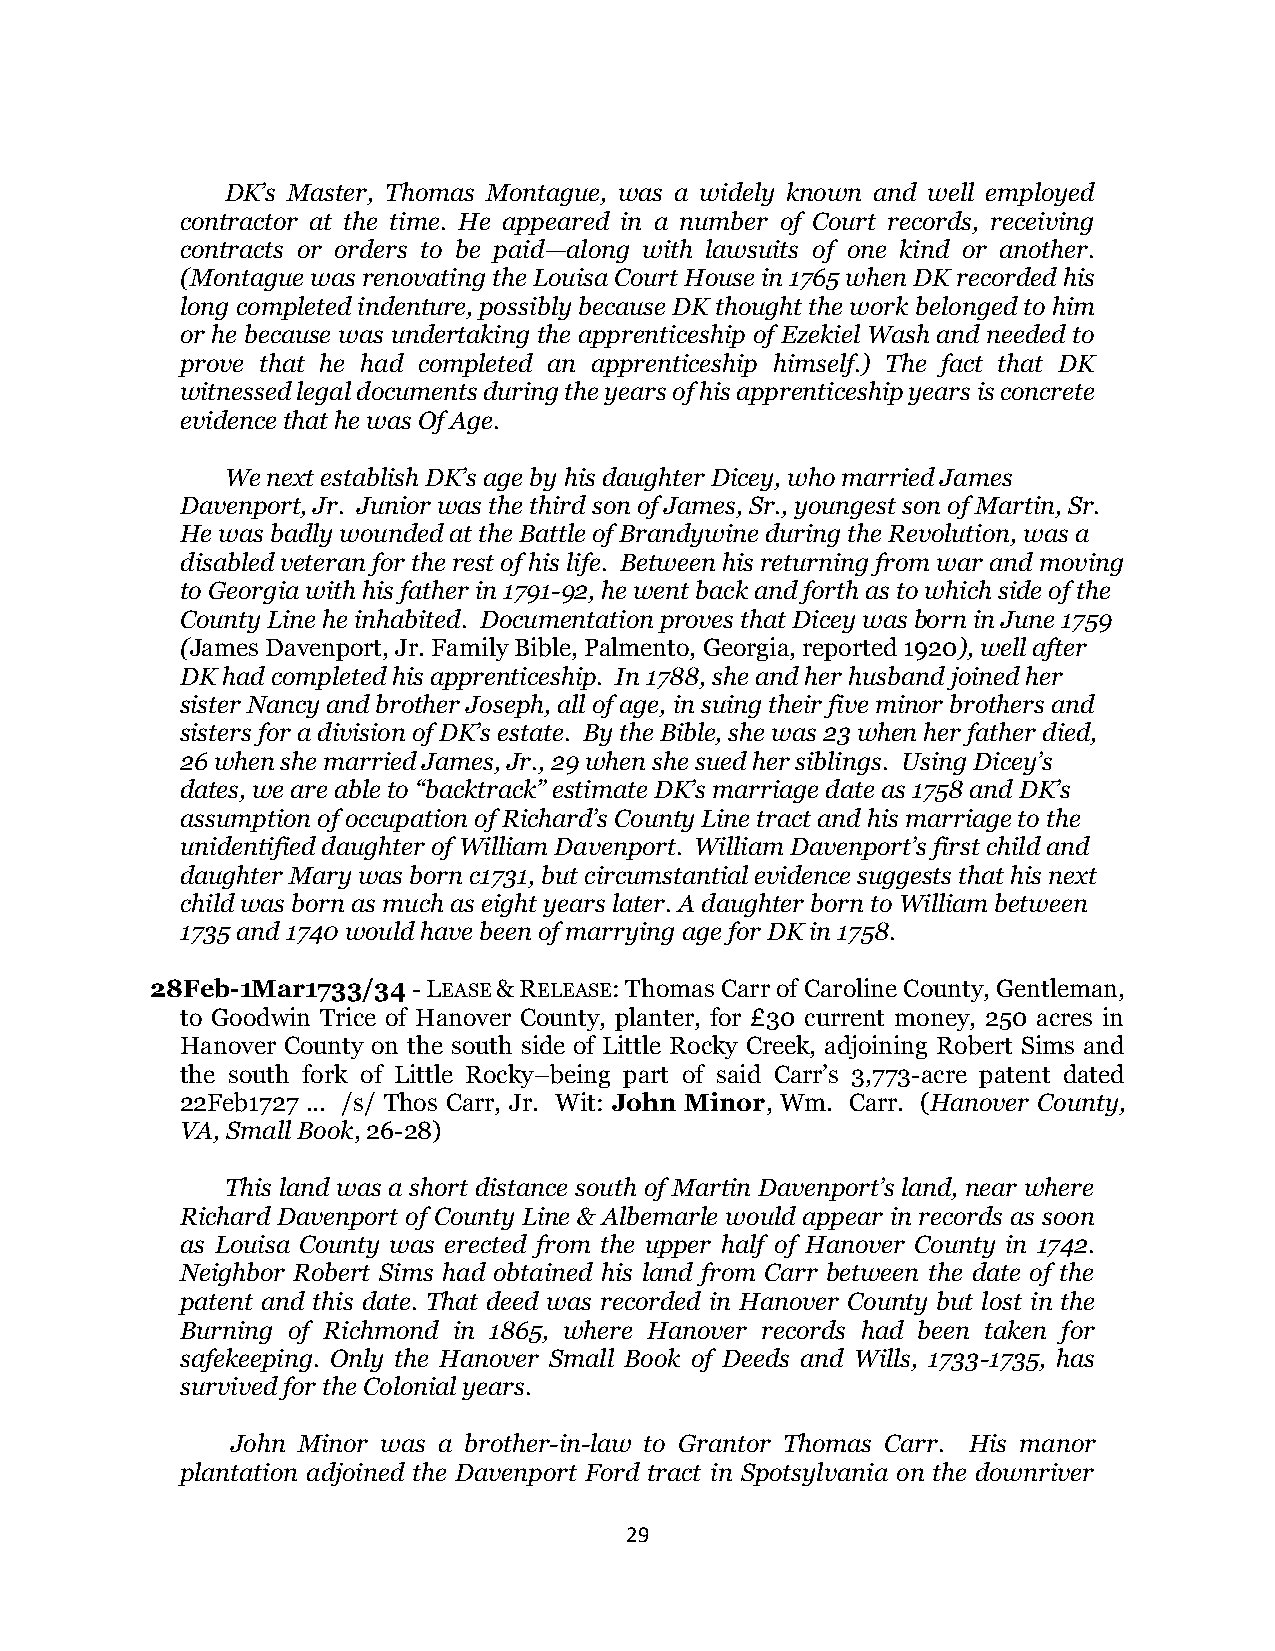
DK’s Master, Thomas Montague, was a widely known and well employed
 contractor at the time. He appeared in a number of Court records, receiving
 contracts or orders to be paid—along with lawsuits of one kind or another.
 (Montague was renovating the Louisa Court House in 1765 when DK recorded his
 long completed indenture, possibly because DK thought the work belonged to him
 or he because was undertaking the apprenticeship of Ezekiel Wash and needed to
 prove that he had completed an apprenticeship himself.) The fact that DK
 witnessed legal documents during the years of his apprenticeship years is concrete
 evidence that he was Of Age.
 We next establish DK’s age by his daughter Dicey, who married James
 Davenport, Jr. Junior was the third son of James, Sr., youngest son of Martin, Sr.
 He was badly wounded at the Battle of Brandywine during the Revolution, was a
 disabled veteran for the rest of his life. Between his returning from war and moving
 to Georgia with his father in 1791-92, he went back and forth as to which side of the
 County Line he inhabited. Documentation proves that Dicey was born in June 1759
 (James Davenport, Jr. Family Bible, Palmento, Georgia, reported 1920), well after
 DK had completed his apprenticeship. In 1788, she and her husband joined her
 sister Nancy and brother Joseph, all of age, in suing their five minor brothers and
 sisters for a division of DK’s estate. By the Bible, she was 23 when her father died,
 26 when she married James, Jr., 29 when she sued her siblings. Using Dicey’s
 dates, we are able to “backtrack” estimate DK’s marriage date as 1758 and DK’s
 assumption of occupation of Richard’s County Line tract and his marriage to the
 unidentified daughter of William Davenport. William Davenport’s first child and
 daughter Mary was born c1731, but circumstantial evidence suggests that his next
 child was born as much as eight years later. A daughter born to William between
 1735 and 1740 would have been of marrying age for DK in 1758.
 28Feb-1Mar1733/34 - LEASE & RELEASE: Thomas Carr of Caroline County, Gentleman,
 to Goodwin Trice of Hanover County, planter, for £30 current money, 250 acres in
 Hanover County on the south side of Little Rocky Creek, adjoining Robert Sims and
 the south fork of Little Rocky–being part of said Carr’s 3,773-acre patent dated
 22Feb1727 ... /s/ Thos Carr, Jr. Wit: John Minor, Wm. Carr. (Hanover County,
 VA, Small Book, 26-28)
 This land was a short distance south of Martin Davenport’s land, near where
 Richard Davenport of County Line & Albemarle would appear in records as soon
 as Louisa County was erected from the upper half of Hanover County in 1742.
 Neighbor Robert Sims had obtained his land from Carr between the date of the
 patent and this date. That deed was recorded in Hanover County but lost in the
 Burning of Richmond in 1865, where Hanover records had been taken for
 safekeeping. Only the Hanover Small Book of Deeds and Wills, 1733-1735, has
 survived for the Colonial years.
 John Minor was a brother-in-law to Grantor Thomas Carr. His manor
 plantation adjoined the Davenport Ford tract in Spotsylvania on the downriver
 29